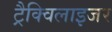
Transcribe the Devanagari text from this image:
ट्रैक्विलाइजर